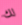
لك